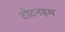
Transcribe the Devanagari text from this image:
टोटनहम